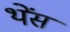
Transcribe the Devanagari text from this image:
थेंस